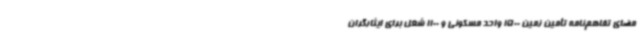
مضای تفاهم‌نامه تأمین زمین 1500 واحد مسکونی و 1100 شغل برای ایثارگران